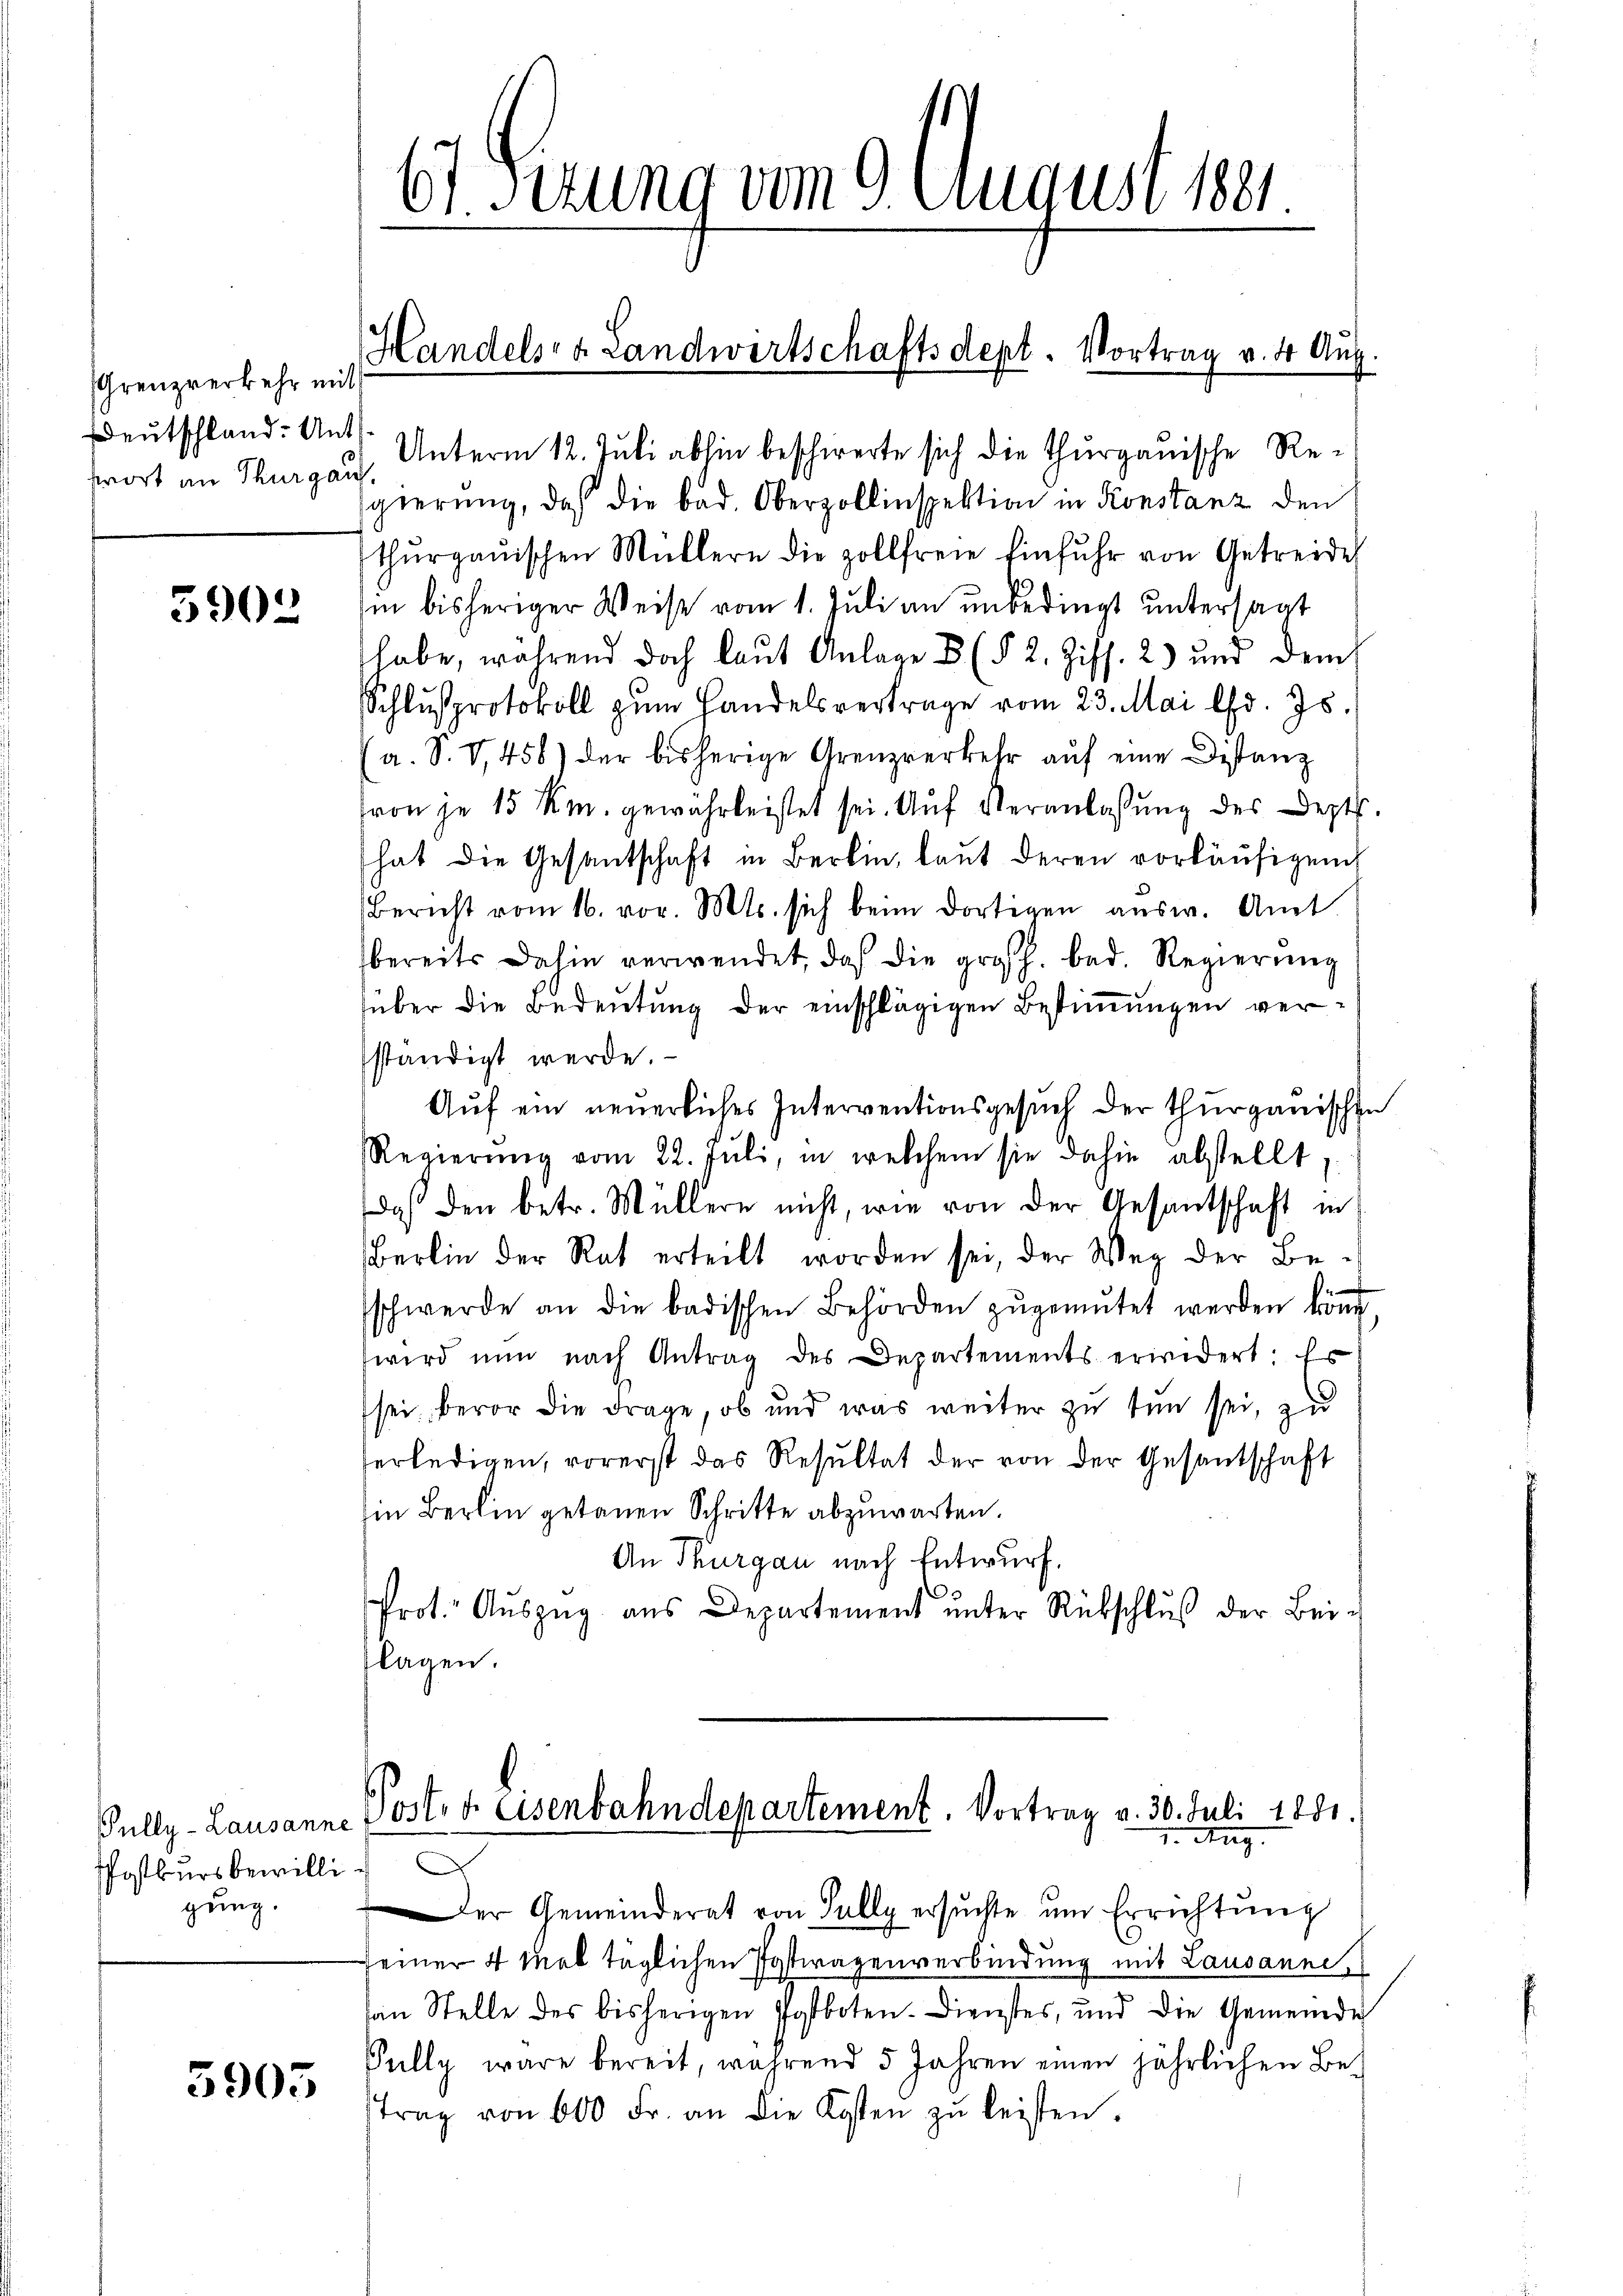
Grenzverkehr mit
Deutschland: Ant

5903

Pully-Lausanne
Postkurs bewilli
gung.

5905

swort an Thurgau, Unterm 12. Juli abhin beschierte sich die Thurgauische Resgierung, daß die bad. Oberzollinspektion in Konstanz den
thŭrgaŭischen Müllern die zollfreie Einfuhr von Getreide
in bisheriger Weise vom 1. Juli an unbedingt untersagt
habe, während doch laut Anlage 8 (§ 2. Ziff. 2) und dem
Schlŭsprotokoll zŭm Handelsvertrage vom 23. Mai lfd. Js.
(a. S. V, 458) der bisherige Grenzverkehr aŭf eine Distanz
von je 15 km gewährleistet sei. Auf Veranlassung des Dept.
hat die Gesantschaft in Berlin, laut deren vorläufigend
Bericht vom 16. vor. Mts. sich beim dortigen ausw. Amt
bereits dahin verwendet, daß die großh. bad. Regierŭng
über die Bedeutung der einschlägigen Bestimmungen verständigt werde.
Auf ein neuerliches Interventionsgesuch der thurgauischen
Regierŭng vom 22. Jŭli, in welchem sie dahin abstellt.
das den betr. Müllern nicht, wie von der Gesantschaft in
Berlin der Rat erteilt worden sei, der Weg der Be-
schwerde an die badischen Behörden zŭgemŭtet werden könne,
wird nun nach Antrag des Departements erwidert: Es
sei, bevor die Frage, ob und was weiter zu tun sei, zu
erledigen, vorerst das Resultat der von der Gesantschaft
in Berlin getanen Schritte abzuwarten.
An Thurgau nach Entwurf.
r
Prot. Aŭszŭg aŭs Departement ŭnter Rückschlŭβ der Beiflagen.

6) Ferung vom 9. August 1891.

Handels- & Landwirtschaftsdept. Vortrag v. 4. Aŭg.

Post. d. Eisenbahndepartement. Vortrag v. 30. Juli 1881.
7. Aug.

.
Der Gemeinderat von Sully ersŭchte ŭm Errichtŭng
seiner 4 mal täglichen Postwagenverbindung mit Lausanne,
sein Stelle des bisherigen Postboten. Dienstes, und die Gemeinde
Pully wäre bereit, während 5 Jahren einen jährlichen Be-
trag von 600 Fr. an die Kosten zŭ leisten.